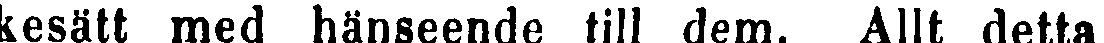
kesätt med hänseende till dem. Allt detta